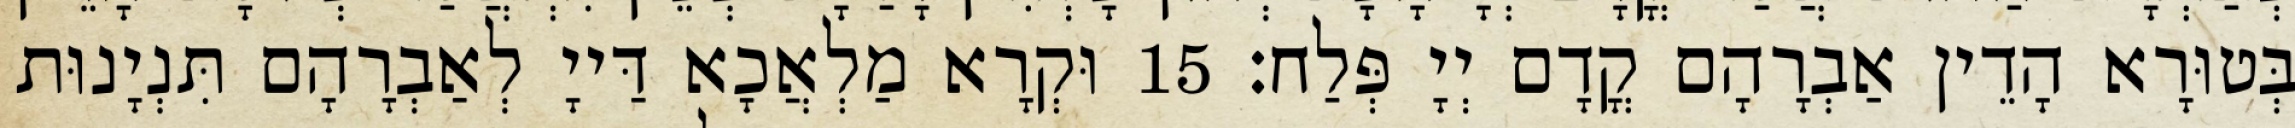
בְּטוּרָא הָדֵין אַבְרָהָם קֳדָם יְיָ פְּלַח׃ 15 וּקְרָא מַלְאֲכָא דַּייָ לְאַבְרָהָם תִּנְיָנוּת